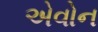
એવોન